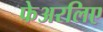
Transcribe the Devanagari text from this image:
फेअरलिए